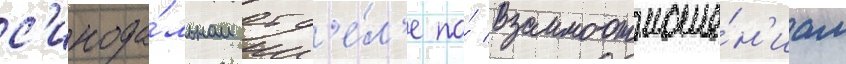
с'инода́льном отд'е́л'е по́ взаимоотноше́н'иам